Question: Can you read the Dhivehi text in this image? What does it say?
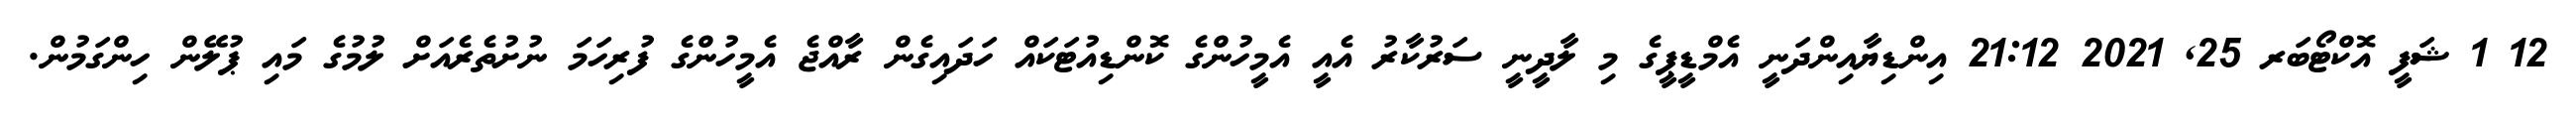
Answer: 12 1 ޝަފީ އޮކްޓޯބަރ 25, 2021 21:12 އިންޑިޔާއިންދަނީ އެމްޑީޕީގެ މި ލާދީނީ ސަރުކާރު އެއީ އެމީހުންގެ ކޮންޑިއުޓަކައް ހަދައިގެން ރާއްޖެ އެމީހުންގެ ފުރިހަމަ ނުށުތެރެއަށް ލުމުގެ މައި ޕުލޭން ހިންގަމުން.